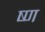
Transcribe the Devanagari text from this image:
ष्ण